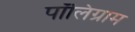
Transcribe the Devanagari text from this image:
पॉलिग्राम